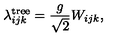
\lambda _ { i j k } ^ { \mathrm { t r e e } } = \frac { g } { \sqrt { 2 } } W _ { i j k } ,